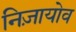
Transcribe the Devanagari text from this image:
निज़ायोव